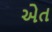
એત